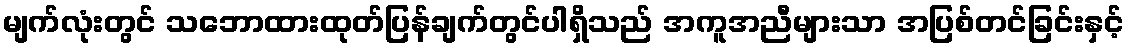
မျက်လုံးတွင် သဘောထားထုတ်ပြန်ချက်တွင်ပါရှိသည် အကူအညီများသာ အပြစ်တင်ခြင်းနှင့်